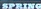
SPRING